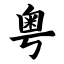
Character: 粤